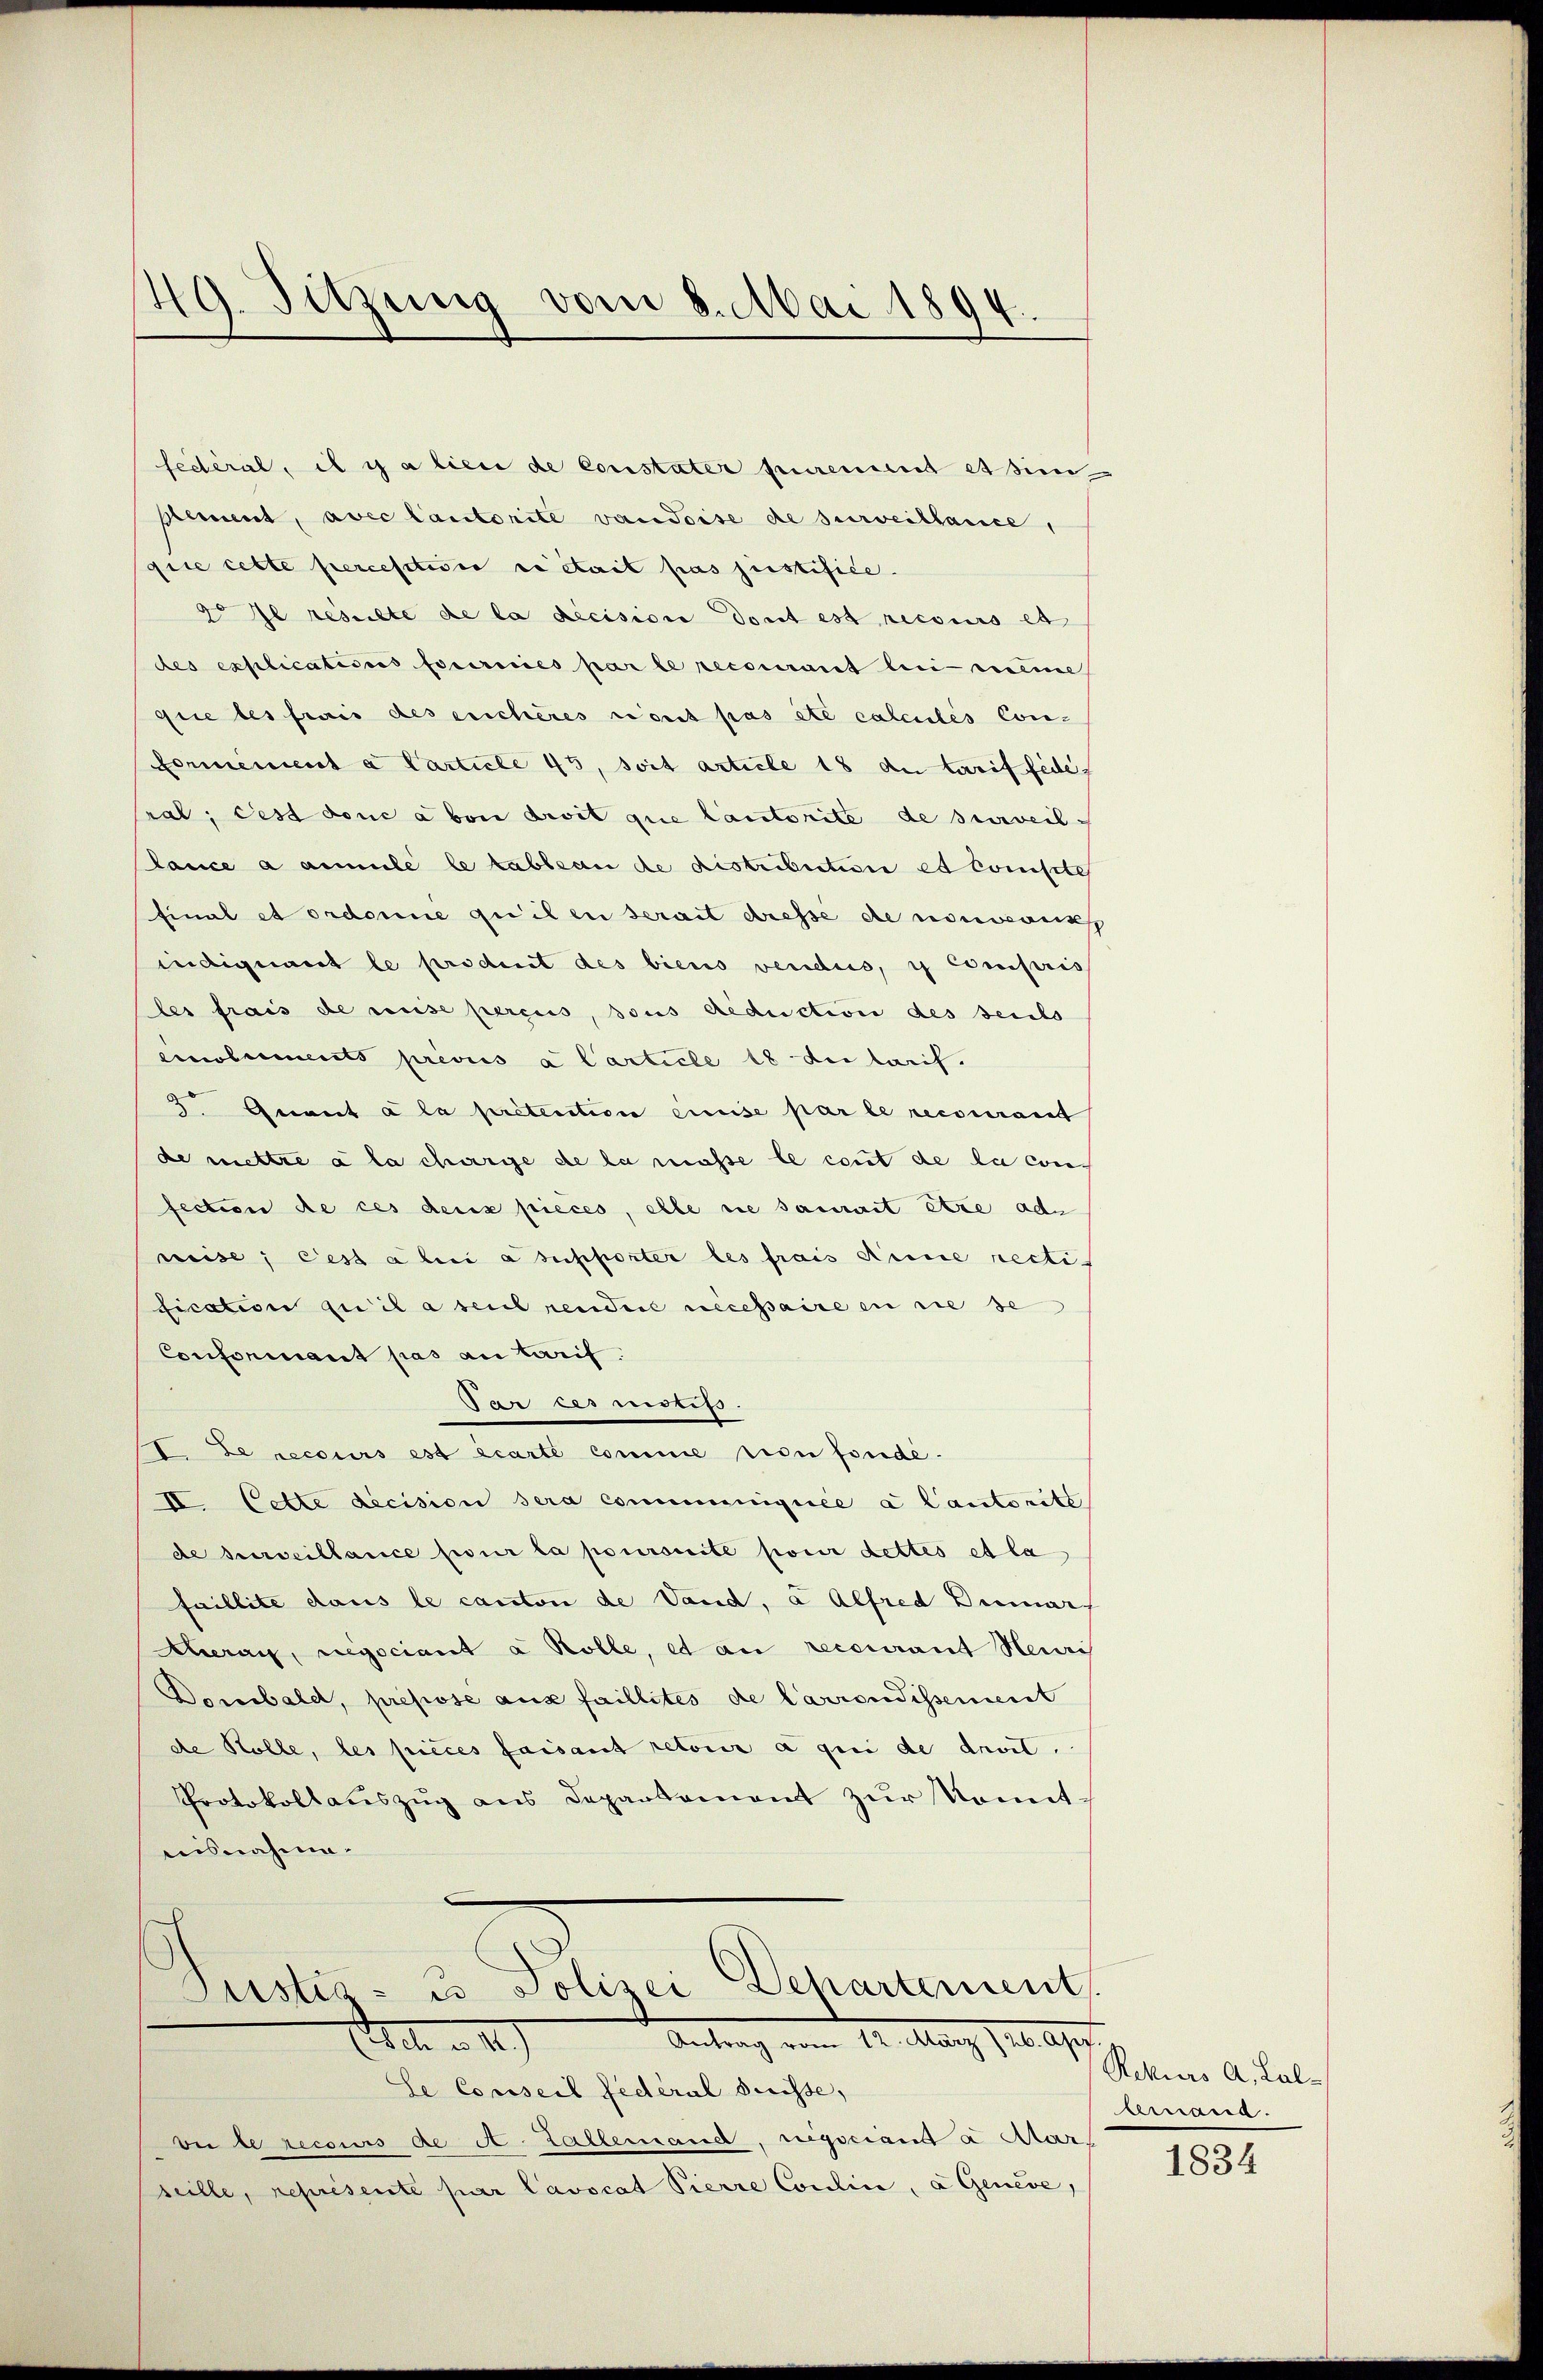
49. Sitzung vom 8. Mai 1894.

plement, avec lautorite vaudoise de surveillance,
giie cette percestivis ce était pas justifice.
go Il resulte de la décision dont est recours et
des explicatiores fournies par le recomant bei meine
que les frais des enchères rout pas été calculis Con¬
Formement a Carticle 45, soit article 18 der tarif fede,
ral; des donc a boni divit que lautorite de surveil-
lance a annule le tableau de distribution et compte
final et ordonne quilen serait dresse de niedenk
indignant le produit des biens vendus, i compris
les frais de mise percus, sous deduction des seits
emoluments prevus à l’article 18 de laeif.
2 Gevit à la pretention einise par le recourant
de mettre à la charge de la masse le cout de la con-
fection de ces deus pieces, elle sie sammet etze ade
weise; cess a bei a supporter les frais dinie recti
fication zu la seul rendere necessaire en sie se
Conformant pas an Tarif.
Par ces notifs.
I. Le recours est écarte comme tien fondé¬
II. Cette decision sera communiquée a Cautorité
de surveillance pour la poursuite pour dettes et la
faillite daus le canton de Vaud, a Alfred Demar
Aherau, regociant à Rolle, et an recourant Neuri
Dombald, propose aus faillités de Carrondissement
de Holle, les pièces faisant retour a qui de droit.
Protokollauszug aus Departement zur Komit
ausnahme.

Pustiz- u Polizei Departement
12. März 126. App.
at. v. 12)

fédéral, il y a lieu de Constater puremend essim

Se Conseil fédéral Suisse,
ve le recours de A Zallemand, regsciand a Alar
seille, représente par Cavocat Pierre Couline, a Genève,

Rekurs A. Lallemand.
1834